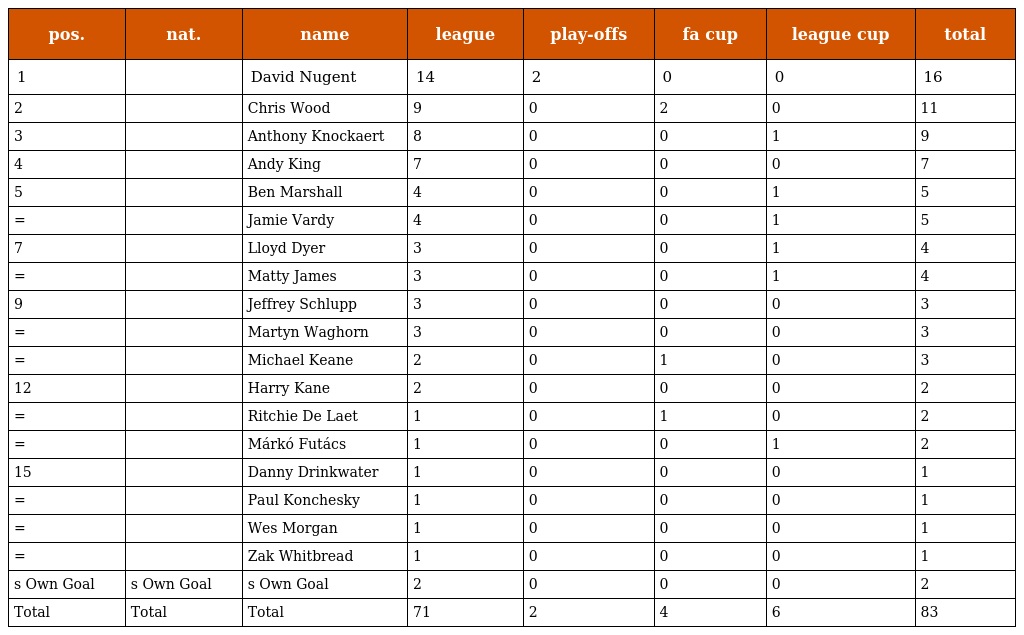
| pos. | nat. | name | league | play-offs | fa cup | league cup | total |
 | --- | --- | --- | --- | --- | --- | --- | --- |
 | 1 |  | David Nugent | 14 | 2 | 0 | 0 | 16 |
 | 2 |  | Chris Wood | 9 | 0 | 2 | 0 | 11 |
 | 3 |  | Anthony Knockaert | 8 | 0 | 0 | 1 | 9 |
 | 4 |  | Andy King | 7 | 0 | 0 | 0 | 7 |
 | 5 |  | Ben Marshall | 4 | 0 | 0 | 1 | 5 |
 | = |  | Jamie Vardy | 4 | 0 | 0 | 1 | 5 |
 | 7 |  | Lloyd Dyer | 3 | 0 | 0 | 1 | 4 |
 | = |  | Matty James | 3 | 0 | 0 | 1 | 4 |
 | 9 |  | Jeffrey Schlupp | 3 | 0 | 0 | 0 | 3 |
 | = |  | Martyn Waghorn | 3 | 0 | 0 | 0 | 3 |
 | = |  | Michael Keane | 2 | 0 | 1 | 0 | 3 |
 | 12 |  | Harry Kane | 2 | 0 | 0 | 0 | 2 |
 | = |  | Ritchie De Laet | 1 | 0 | 1 | 0 | 2 |
 | = |  | Márkó Futács | 1 | 0 | 0 | 1 | 2 |
 | 15 |  | Danny Drinkwater | 1 | 0 | 0 | 0 | 1 |
 | = |  | Paul Konchesky | 1 | 0 | 0 | 0 | 1 |
 | = |  | Wes Morgan | 1 | 0 | 0 | 0 | 1 |
 | = |  | Zak Whitbread | 1 | 0 | 0 | 0 | 1 |
 | s Own Goal | s Own Goal | s Own Goal | 2 | 0 | 0 | 0 | 2 |
 | Total | Total | Total | 71 | 2 | 4 | 6 | 83 |